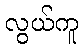
လွယ်ကူ